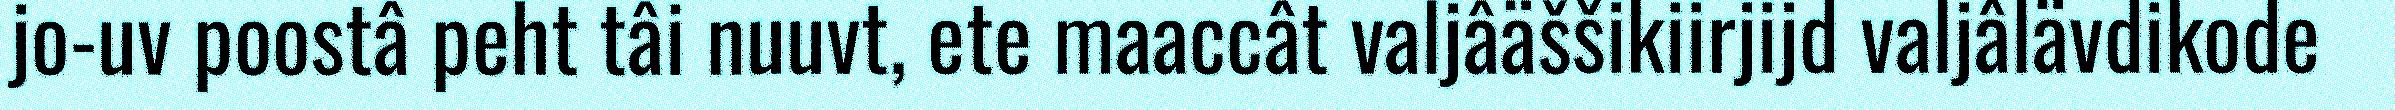
jo-uv poostâ peht tâi nuuvt, ete maaccât valjâäššikiirjijd valjâlävdikode